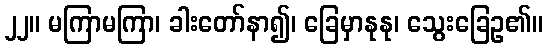
၂၂။ မကြာမကြာ၊ ခါးတော်နာ၍၊ ခြေမှာနုနု၊ သွေးခြေဥ၏။